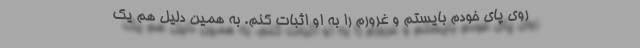
روی پای خودم بایستم و غرورم را به او اثبات کنم. به همین دلیل هم یک